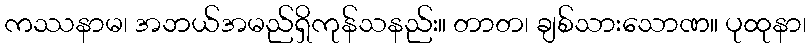
ကဿနာမ၊ အဘယ်အမည်ရှိကုန်သနည်း။ တာတ၊ ချစ်သားသောဏ။ ပုထုနာ၊